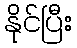
နိုင်ပြီး